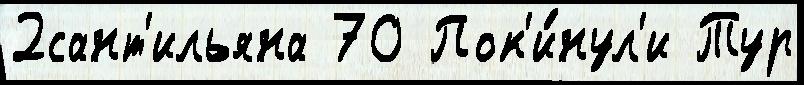
2сант'ильяна 70 Пок'и́нул'и Тур